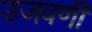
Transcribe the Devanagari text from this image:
उजवणी